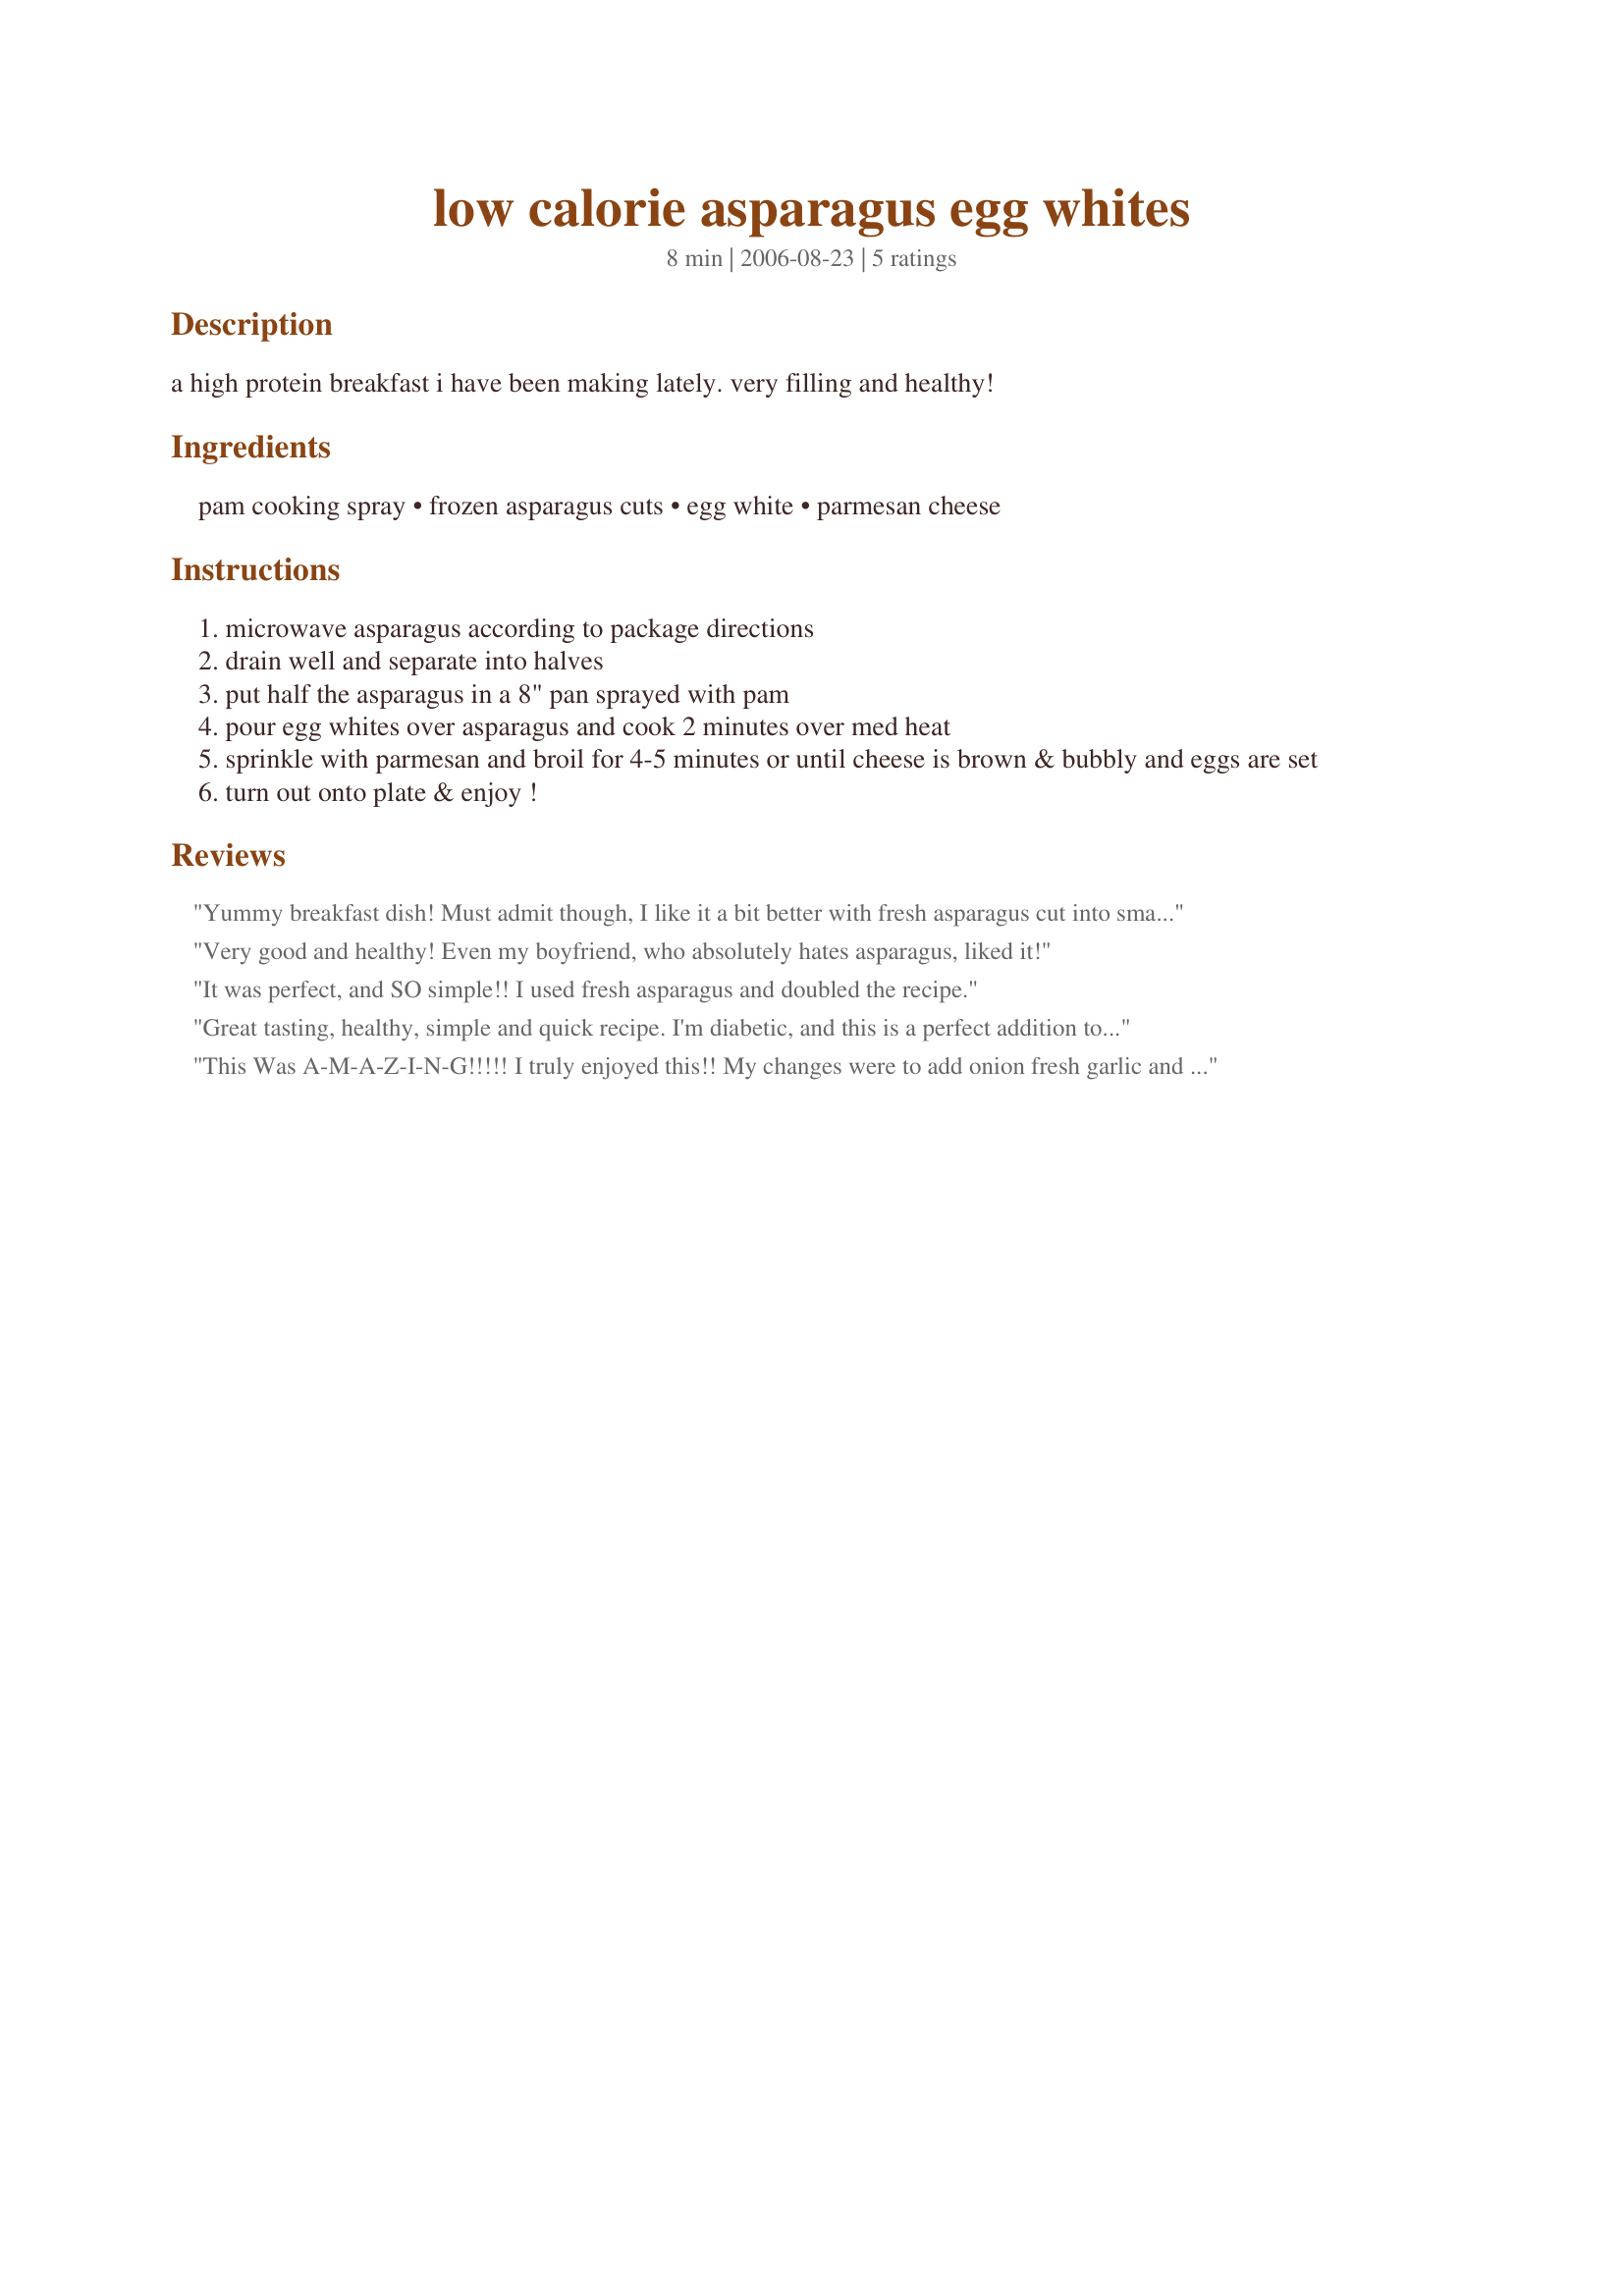
low calorie asparagus egg whites
Preparation time: 8 minutes

a high protein breakfast i have been making lately. very filling and healthy!

Ingredients:
pam cooking spray, frozen asparagus cuts, egg white, parmesan cheese

Steps:
microwave asparagus according to package directions
drain well and separate into halves
put half the asparagus in a 8" pan sprayed with pam
pour egg whites over asparagus and cook 2 minutes over med heat
sprinkle with parmesan and broil for 4-5 minutes or until cheese is brown & bubbly and eggs are set
turn out onto plate & enjoy !

Reviews:
Yummy breakfast dish! Must admit though, I like it a bit better with fresh asparagus cut into smaller pieces rather than the frozen (and I used a little olive oil instead of the Pam spray).
Very good and healthy! Even my boyfriend, who absolutely hates asparagus, liked it!
It was perfect, and SO simple!! I used fresh asparagus and doubled the recipe.
Great tasting, healthy, simple and quick recipe. I'm diabetic, and this is a perfect addition to my lowfat, low carb diet plan. A definite keeper. The only changes I made was preparing the dish as a scramble rather than omlet-style and I used Egg Beaters rather than separating egg whites. Thanks Kiwiwife, for a terrific addition to Recipezaar.
This Was A-M-A-Z-I-N-G!!!!! I truly enjoyed this!! My changes were to add onion fresh garlic and fresh mushrooms and spinach!!! So Healthy with a ton of veggies and very satisfying!!
